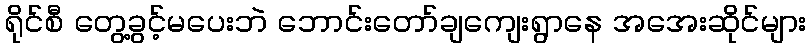
ရိုင်စီ တွေ့ခွင့်မပေးဘဲ ဘောင်းတော်ချကျေးရွာနေ အအေးဆိုင်များ